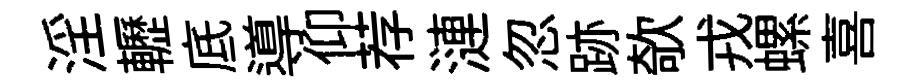
淫轣底導仰荐漣忽跡欹戎螺喜